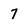
Character: 7